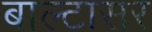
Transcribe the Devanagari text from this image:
बाल्टासर